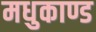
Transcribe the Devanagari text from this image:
मधुकाण्ड